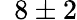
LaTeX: \hphantom{0}8\pm 2